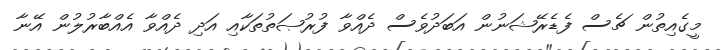
މީގެއިތުން ޗެސް ފެޑެރޭޝަނުން އަބަދުވެސް ދެއްވާ ފުރުޞަތުތަކާއި އަދި ދެއްވާ އެއްބާރުލުން އޭނާ